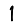
Digit: 1